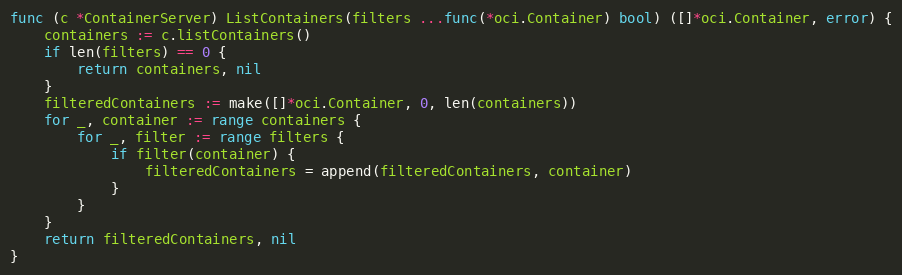
Language: Go
func (c *ContainerServer) ListContainers(filters ...func(*oci.Container) bool) ([]*oci.Container, error) {
	containers := c.listContainers()
	if len(filters) == 0 {
		return containers, nil
	}
	filteredContainers := make([]*oci.Container, 0, len(containers))
	for _, container := range containers {
		for _, filter := range filters {
			if filter(container) {
				filteredContainers = append(filteredContainers, container)
			}
		}
	}
	return filteredContainers, nil
}